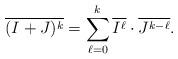
LaTeX: \begin{align*}\overline{(I+J)^k} = \sum_{\ell=0}^k \overline{I^\ell} \cdot \overline{J^{k-\ell}}. \end{align*}